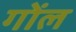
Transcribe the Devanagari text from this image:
गोंल